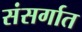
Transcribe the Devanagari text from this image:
संसर्गात